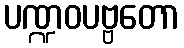
ပဏ္ဍဝပဗ္ဗတော